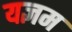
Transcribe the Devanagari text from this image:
यज्ञम